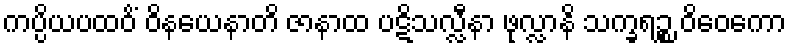
ကပ္ပိယပထဝိံ ဝိနယေနာတိ ဇာနာထ ပဋိသလ္လီနာ ဖုလ္လာနိ သက္ခရဉ္စ ဝိဝေကော